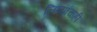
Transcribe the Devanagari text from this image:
लिप्यांचाही